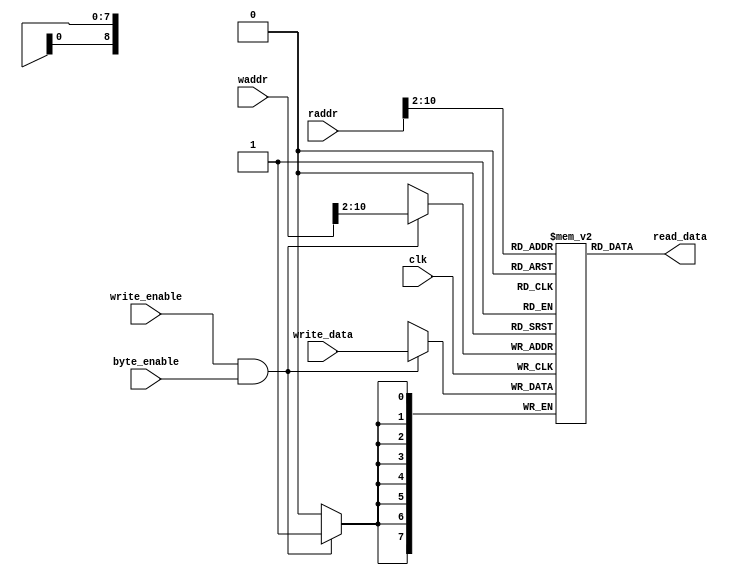
module memory_8bit #(
		       parameter integer C_S_AXI_ADDR_WIDTH = 32,
		       parameter integer C_MEMORY_SIZE = 512    // Word (not byte)
		       )(
			 input wire 			     clk,
			 input wire [C_S_AXI_ADDR_WIDTH-1:0] waddr,
			 input wire [7:0] 		     write_data,
		         input wire 			     write_enable,
			 input wire 			     byte_enable,
			 input wire [C_S_AXI_ADDR_WIDTH-1:0] raddr,
			 output wire [7:0] 		     read_data
			 );

   // Beyond Circuts, Constant Function in Verilog 2001
   // http://www.beyond-circuits.com/wordpress/2008/11/constant-functions/
   function integer log2;
      input integer 					     addr;
      begin
	 addr = addr - 1;
	 for (log2=0; addr>0; log2=log2+1)
	   addr = addr >> 1;
      end
   endfunction

   reg        [7:0]    mem    [0:C_MEMORY_SIZE-1];
   wire [log2(C_MEMORY_SIZE)-1:0] mem_waddr;
   wire [log2(C_MEMORY_SIZE)-1:0] mem_raddr;
   integer 			  i;

   // initialization
   initial begin
      for (i=0; i < C_MEMORY_SIZE; i=i+1) begin
	 mem[i] = 8'd0;
      end
   end

   // The Address is byte address
   assign mem_waddr = waddr[(log2(C_MEMORY_SIZE)+log2((C_S_AXI_ADDR_WIDTH/8)))-1:log2((C_S_AXI_ADDR_WIDTH/8))];
   assign mem_raddr = raddr[(log2(C_MEMORY_SIZE)+log2((C_S_AXI_ADDR_WIDTH/8)))-1:log2((C_S_AXI_ADDR_WIDTH/8))];

   // Write
   always @(posedge clk) begin
      if (write_enable & byte_enable)
	mem[mem_waddr] <= write_data;
   end

   // Read
   // always @(posedge clk) begin
   assign read_data = mem[mem_raddr];
   // end
endmodule